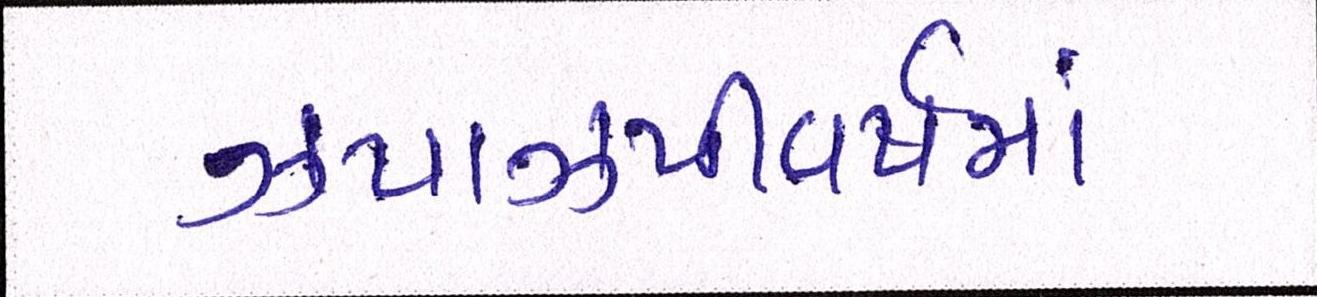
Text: ઝપાઝપીવર્ષમાં